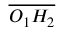
\overline { { O _ { 1 } H _ { 2 } } }